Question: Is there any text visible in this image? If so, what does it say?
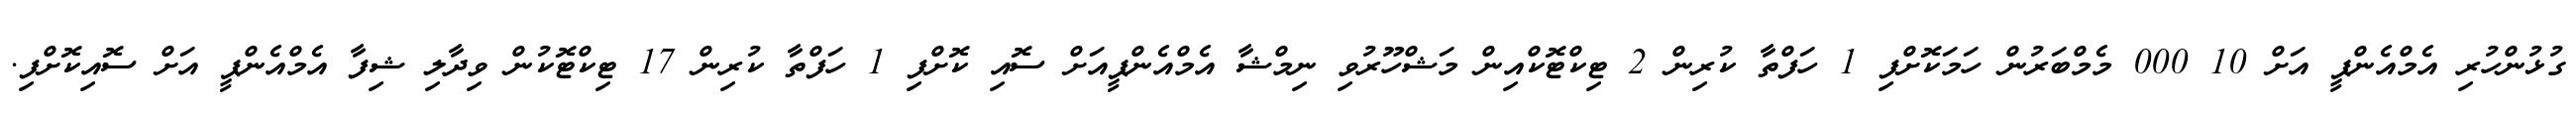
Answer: ގުޅުންހުރި އެމްއެންޕީ އަށް 10 000 މެމްބަރުން ހަމަކޮށްފި 1 ހަފްތާ ކުރިން 2 ޓިކްޓޮކްއިން މަޝްހޫރުވި ނިމްޝާ އެމްއެންޕީއަށް ސޮއި ކޮށްފި 1 ހަފްތާ ކުރިން 17 ޓިކްޓޮކުން ވިދާލި ޝިފާ އެމްއެންޕީ އަށް ސޮއިކޮށްފި.